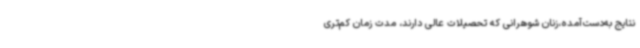
نتایج به‌دست‌آمده،زنان شوهرانی که تحصیلات عالی دارند، مدت زمان کم‌تری